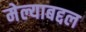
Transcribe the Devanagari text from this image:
मेल्याबद्दल